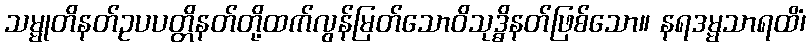
သမ္မုတိနတ်ဥပပတ္တိနတ်တို့ထက်လွန်မြတ်သောဝိသုဒ္ဓိနတ်ဖြစ်သော။ နရဒမ္မသာရထိံ၊